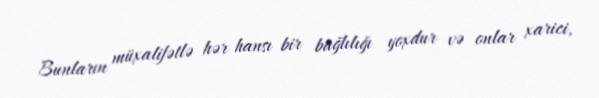
Bunların müxalifətlə hər hansı bir bağlılığı yoxdur və onlar xarici,